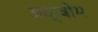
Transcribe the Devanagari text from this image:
अक्षोभ